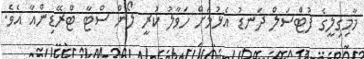
މާމިގިލީގެ ފުޓްސަލް ދަނޑު އެޅުމަށް ހަވާލު ކުރީ ލޯން ސްޓާ ޓްރޭޑިންއާ އެވެ.